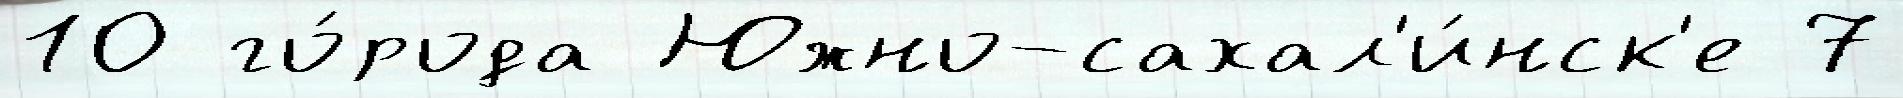
10 го́рода Южно-сахал'и́нск'е 7